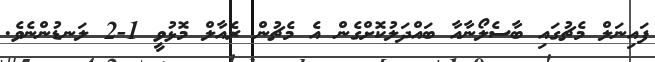
ފައިނަލް މެޗުގައި ބާސެލޯނާއާ ބައްދަލުކޮށްގެން އެ މެޗުން ރެއާލް މޮޅުވީ 1-2 ލަނޑުންނެވެ.